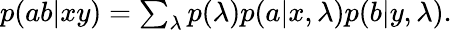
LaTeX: \begin{array}{r}{p(ab|xy)=\sum_{\lambda}p(\lambda)p(a|x,\lambda)p(b|y,\lambda).}\end{array}